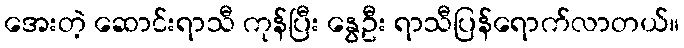
အေးတဲ့ ဆောင်းရာသီ ကုန်ပြီး နွေဦး ရာသီပြန်ရောက်လာတယ်။